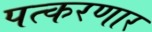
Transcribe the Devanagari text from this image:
पत्करणार